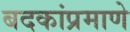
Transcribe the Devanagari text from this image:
बदकांप्रमाणे